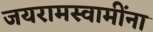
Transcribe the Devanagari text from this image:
जयरामस्वामींना